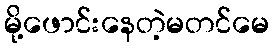
မို့ဖောင်းနေတဲ့မတင်မေ